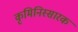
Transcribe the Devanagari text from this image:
कृमिनिस्सारक